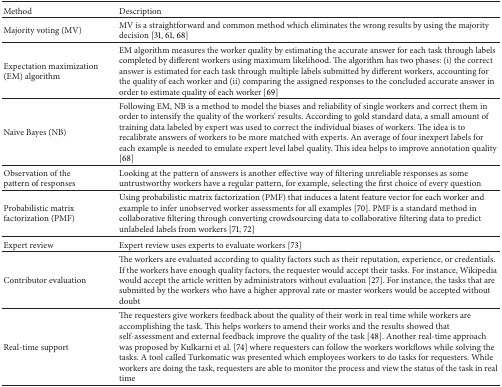
<table><thead><tr><td><b>Method</b></td><td><b>Description</b></td></tr></thead><tbody><tr><td>Majority voting (MV)</td><td>MV is a straightforward and common method which eliminates the wrong results by using the majority decision [31, 61, 68]</td></tr><tr><td>Expectation maximization (EM) algorithm</td><td>EM algorithm measures the worker quality by estimating the accurate answer for each task through labels completed by different workers using maximum likelihood. The algorithm has two phases: (i) the correct answer is estimated for each task through multiple labels submitted by different workers, accounting for the quality of each worker and (ii) comparing the assigned responses to the concluded accurate answer in order to estimate quality of each worker [69]</td></tr><tr><td>Naive Bayes (NB)</td><td>Following EM, NB is a method to model the biases and reliability of single workers and correct them in order to intensify the quality of the workers&#x27; results. According to gold standard data, a small amount of training data labeled by expert was used to correct the individual biases of workers. The idea is to recalibrate answers of workers to be more matched with experts. An average of four inexpert labels for each example is needed to emulate expert level label quality. This idea helps to improve annotation quality [68]</td></tr><tr><td>Observation of the pattern of responses</td><td>Looking at the pattern of answers is another effective way of filtering unreliable responses as some untrustworthy workers have a regular pattern, for example, selecting the first choice of every question</td></tr><tr><td>Probabilistic matrix factorization (PMF)</td><td>Using probabilistic matrix factorization (PMF) that induces a latent feature vector for each worker and example to infer unobserved worker assessments for all examples [70]. PMF is a standard method in collaborative filtering through converting crowdsourcing data to collaborative filtering data to predict unlabeled labels from workers [71, 72]</td></tr><tr><td>Expert review</td><td>Expert review uses experts to evaluate workers [73]</td></tr><tr><td>Contributor evaluation</td><td>The workers are evaluated according to quality factors such as their reputation, experience, or credentials. If the workers have enough quality factors, the requester would accept their tasks. For instance, Wikipedia would accept the article written by administrators without evaluation [27]. For instance, the tasks that are submitted by the workers who have a higher approval rate or master workers would be accepted without doubt</td></tr><tr><td>Real-time support</td><td>The requesters give workers feedback about the quality of their work in real time while workers are accomplishing the task. This helps workers to amend their works and the results showed that self-assessment and external feedback improve the quality of the task [48]. Another real-time approach was proposed by Kulkarni et al. [74] where requesters can follow the workers workflows while solving the tasks. A tool called Turkomatic was presented which employees workers to do tasks for requesters. While workers are doing the task, requesters are able to monitor the process and view the status of the task in real time</td></tr></tbody></table>